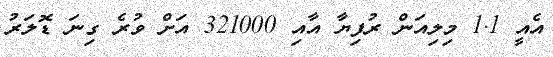
އެއީ 1.1 މިލިއަން ރުފިޔާ އާއި 321000 އަށް ވުރެ ގިނަ ޑޮލަރު